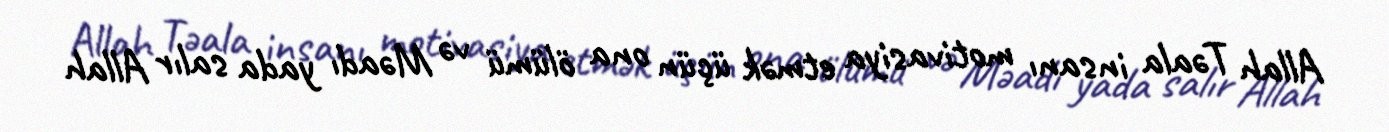
Allah Təala insanı motivasiya etmək üçün ona ölümü və Məadı yada salır Allah